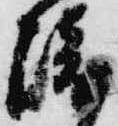
崎